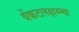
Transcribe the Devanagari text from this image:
वेंकटलक्षम्मा